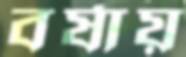
বর্ষায়